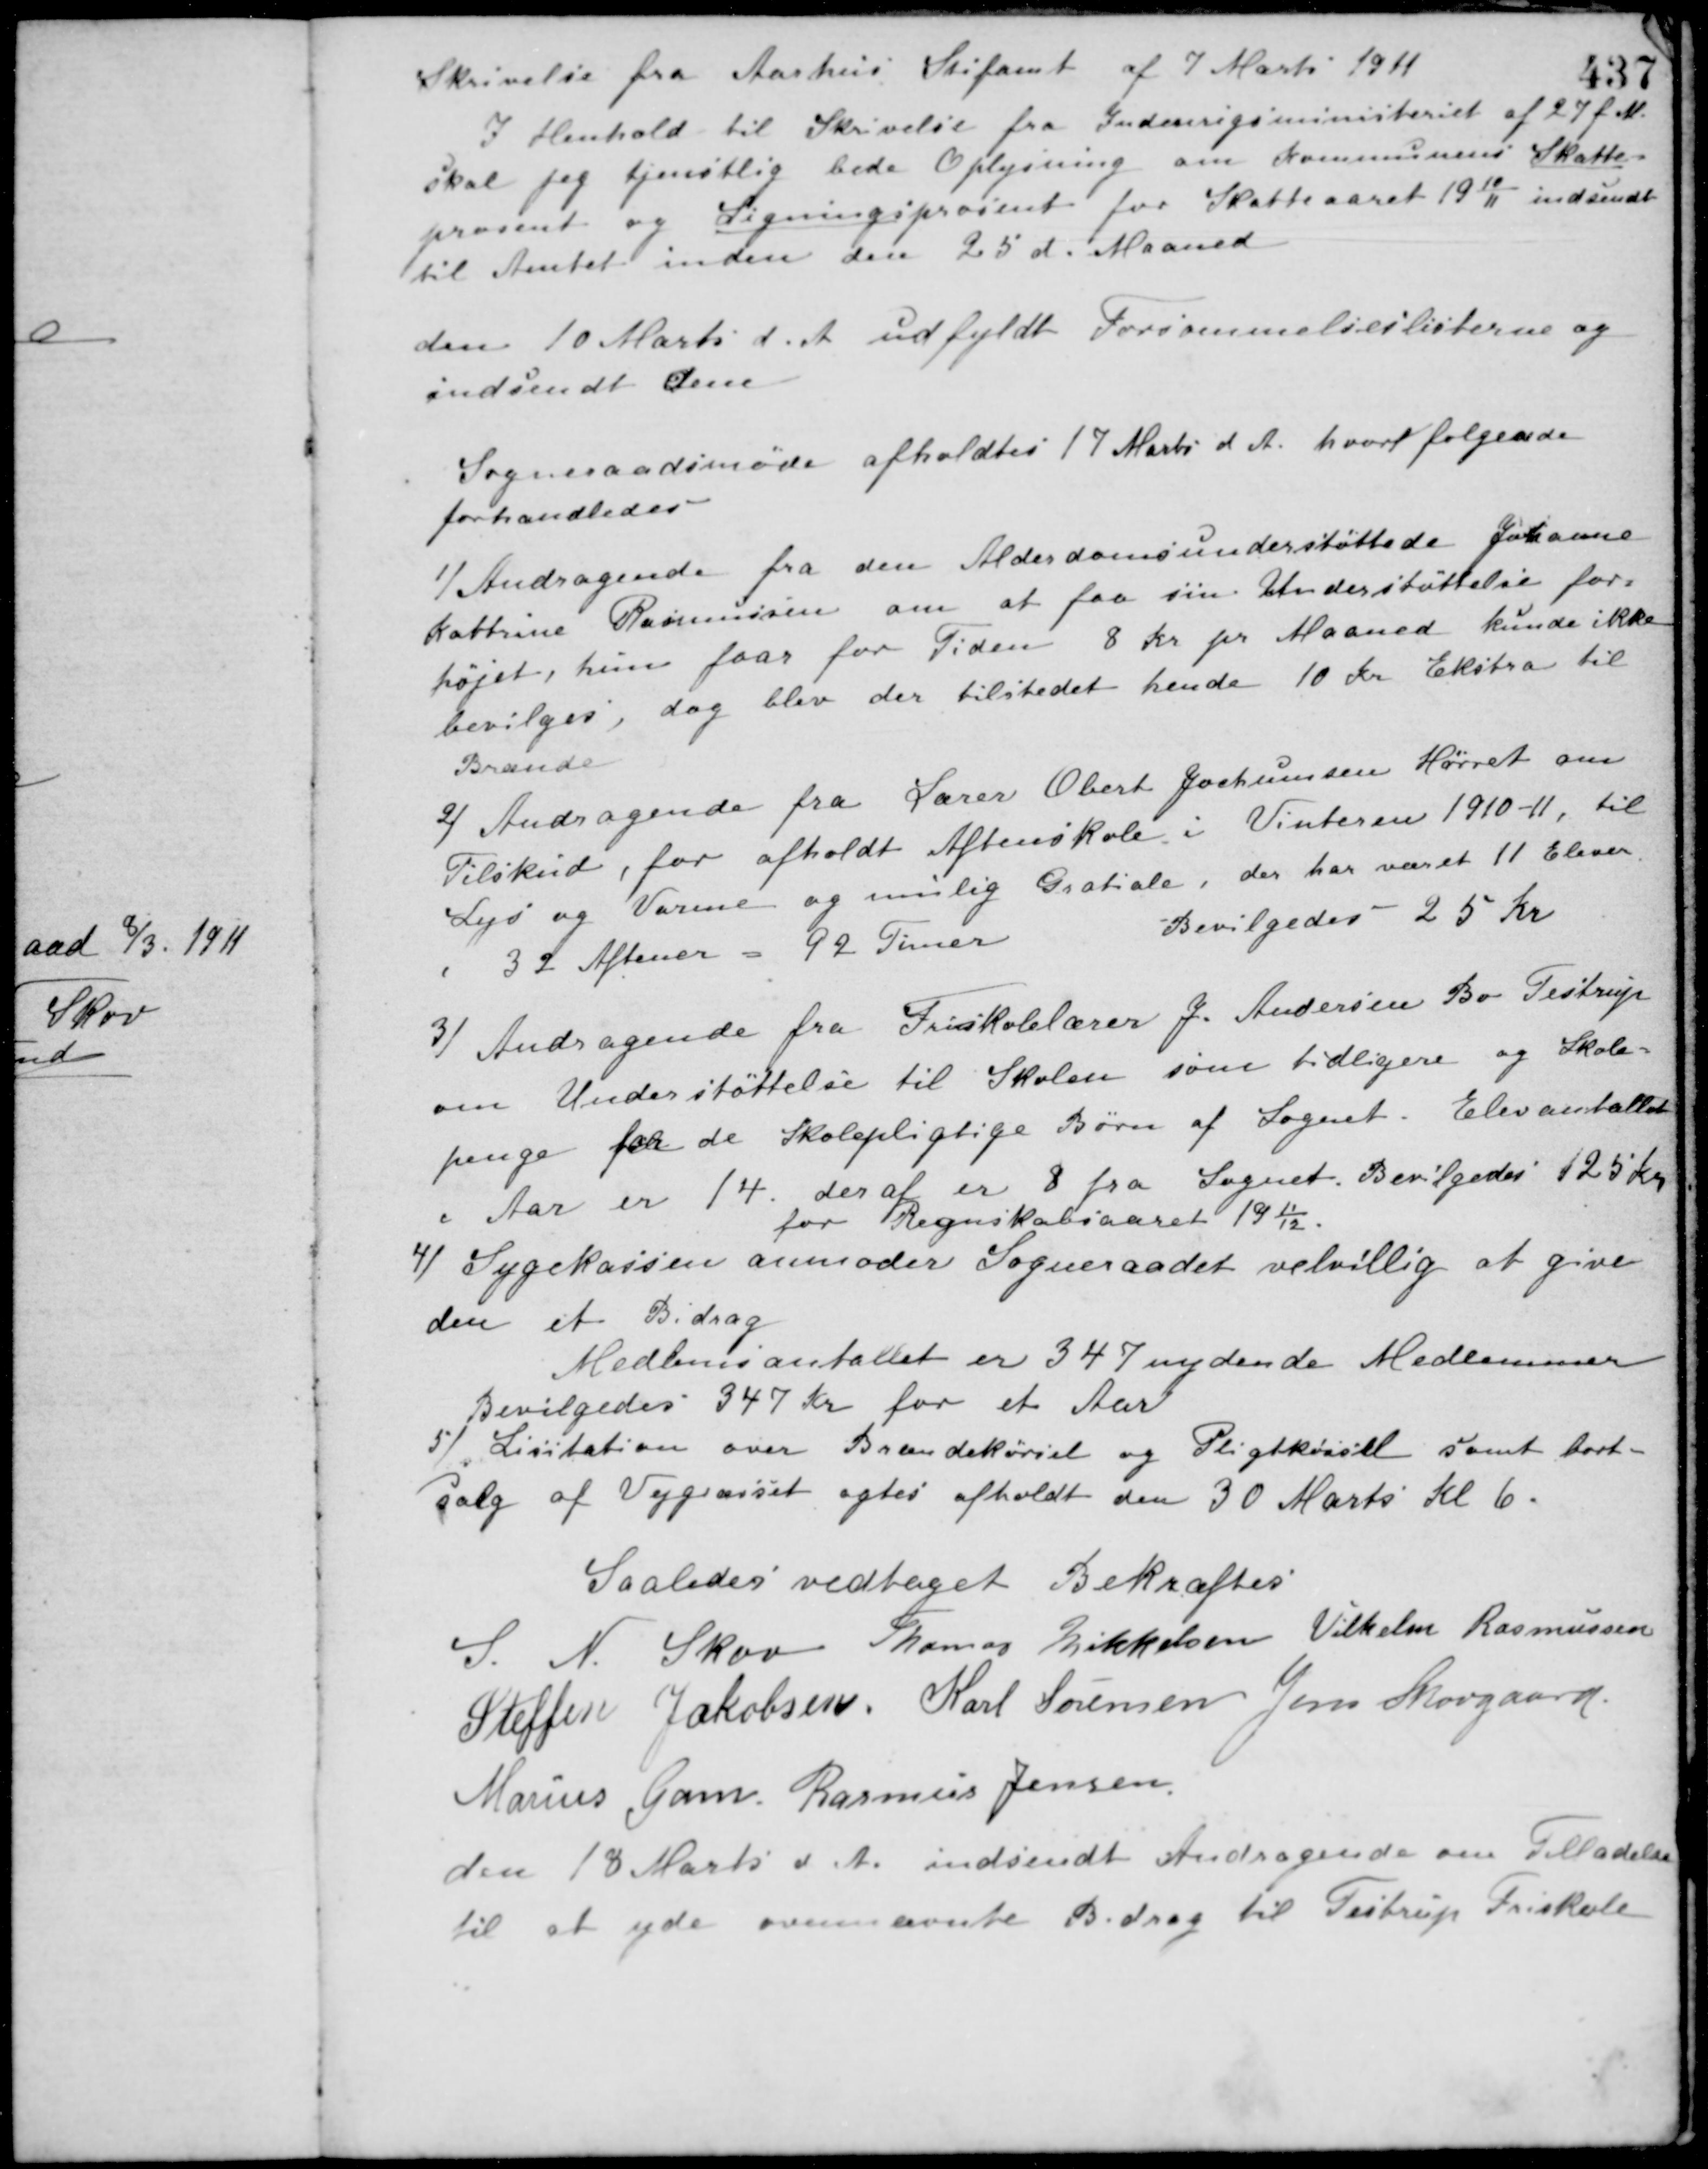
Transskription:
Skrivelse fra Aarhus Stiftamt af 7 Marts 1911
I Henhold til Skrivelse fra Indenrigsministeriet af 27 f. M.
skal jeg tjenstlig bede Oplysning om Kommunens Skatte-
procent og Ligningsprocent for Skatteaaret 1910/11 indsendt
til Amtet inden den 25 d. Maaned.
den 10 Marts d. A. udfyldt Forsømmelseslisterne og
indsendt dem.
Sogneraadsmøde afholdtes 17 Marts d. A. hvor følgende
forhandledes
1/ Andragende fra den Alderdomsunderstøttede Johanne
Kathrine Rasmussen om at faa sin Understøttelse for-
højet, hun faar for Tiden 8 Kr. pr. Maaned kunde ikke
bevilges, dog blev der tilstedet hende 10 Kr. Ekstra til
Brænde.
2/ Andragende fra Lærer Obert Jochumsen Hørret om
Tilskud, for afholdt Aftenskole i Vinteren 1910-11, til
Lys og Varme og mulig Gratiale, der har været 11 Elever
i 32 Aftener = 92 Timer
Bevilgedes 25 Kr.
3/ Andragende fra Friskolelærer J. Andersen Bo Testrup
om Understøttelse til Skolen som tidligere og Skole-
penge for de Skolepligtige Børn af Sognet. Elevantallet
i Aar er 14. deraf er 8 fra Sognet. Bevilgedes 125 Kr.
for Regnskabsaaret 1911/12.
4/ Sygekassen anmoder Sogneraadet velvillig at give
den et Bidrag.
Medlemsantallet er 347 nydende Medlemmer
Bevilgedes 347 Kr. for et Aar.
5/ Licitation over Brændekørsel og Pligtkørsel samt bort-
salg af Vejgræsset agtes afholdt den 30 Marts Kl 6.
Saaledes vedtaget Bekræftes
S. N. Skov Thomas Mikkelsen Vilhelm Rasmussen
Steffen Jakobsen Karl Sørensen Jens Skovgaard
Marius Gam Rasmus Jensen
den 18 Marts d. A. indsendt Andragende om Tilladelse
til at yde ovennævnte Bidrag til Testrup Friskole